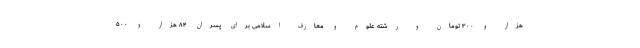
هزار و ۳۰۰ تومان و رشته علوم و معارف اسلامی برای پسران ۸۴ هزار و ۵۰۰